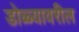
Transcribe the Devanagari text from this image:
डोळ्यावरील